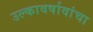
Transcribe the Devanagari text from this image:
उल्कावर्षावांचा